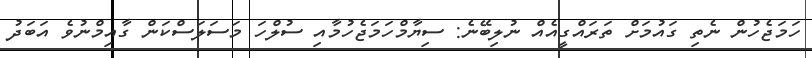
ހަމަޖެހުން ނެތި ގައުމަށް ތަރައްގީއެއް ނުލިބޭނެ: ސިޔާމްހަމަޖެހުމާއި ސުލްހަ މަސަލަސްކަން ގާއިމްނުވެ އަބަދު